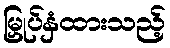
မြှုပ်နှံထားသည့်